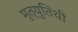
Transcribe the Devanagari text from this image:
मृत्युतिथी